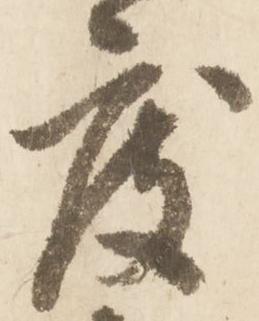
度